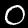
Digit: 0